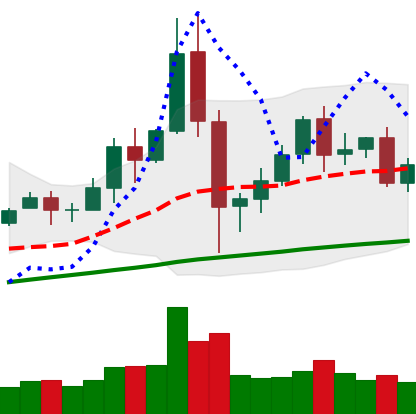
Ticker: BNB-USD
Chart end date: 2020-12-05
Forward return: -6.839%
Label: down_5_7